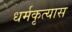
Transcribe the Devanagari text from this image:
धर्मकृत्यास